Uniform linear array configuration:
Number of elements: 4
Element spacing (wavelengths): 0.5
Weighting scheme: hamming
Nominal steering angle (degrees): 45
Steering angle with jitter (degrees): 43.048
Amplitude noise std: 0.05
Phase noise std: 0.05

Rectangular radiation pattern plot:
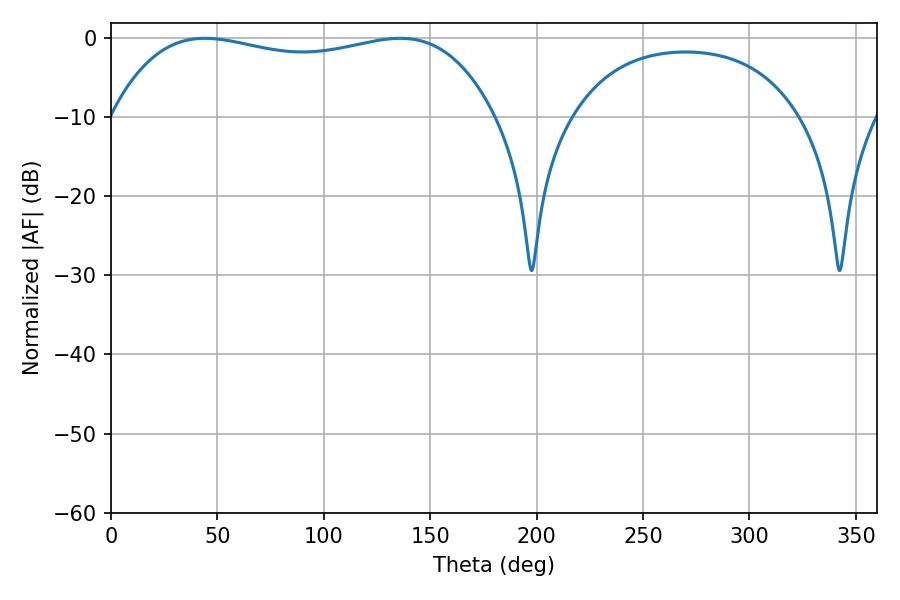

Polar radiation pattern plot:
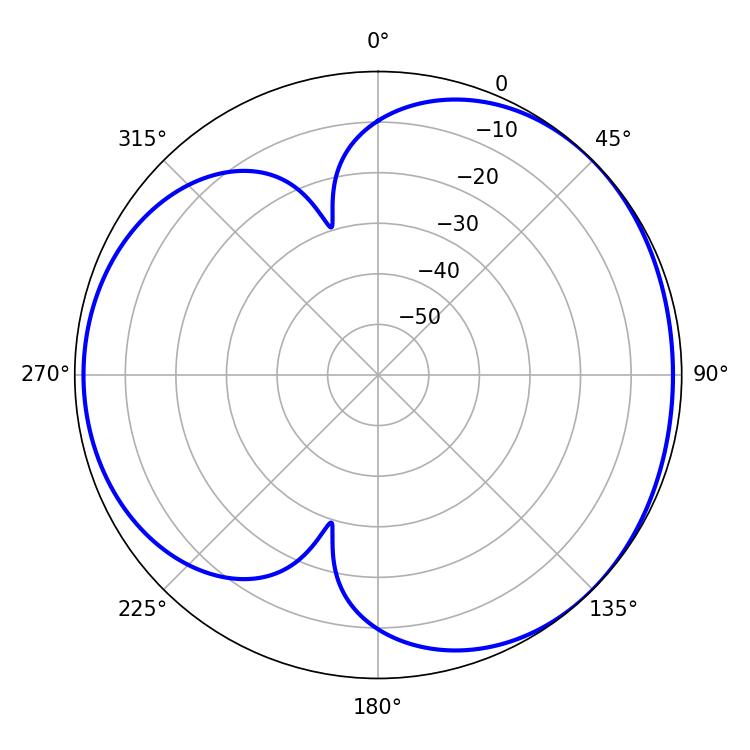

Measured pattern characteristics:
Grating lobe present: FALSE
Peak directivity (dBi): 3.827
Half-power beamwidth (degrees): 145.44
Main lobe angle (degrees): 44.1